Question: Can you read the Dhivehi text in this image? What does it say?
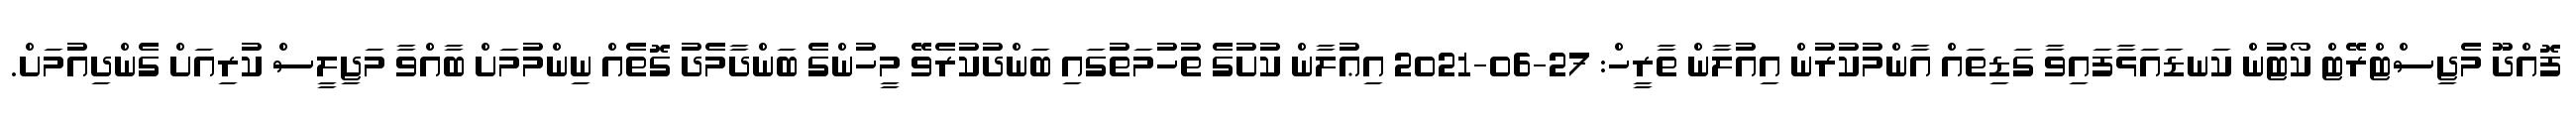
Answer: ފޮއްދޫ މެޖިސްޓްރޭޓް ކޯޓުން ކަނޑައަޅާފައިވާ ގަޑިތައް އާންމުކުރުން އިއުލާން ތާރީހް: 27-06-2021 އިޢުލާން ކުށުގެ ތުހުމަތުގައި ބަންދުކުރެވޭ މީހުންގެ ބަންދާމެދު ގޮތެއް ނިންމުމަށް ބާއްވާ މަޖިލީސް ކުރިއަށް ގެންދިއުމަށް.